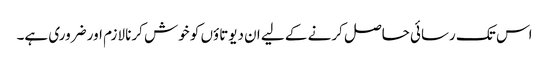
اس تک رسائی حاصل کرنے کے لیے ان دیوتاؤں کو خوش کرنا لازم اور ضروری ہے۔